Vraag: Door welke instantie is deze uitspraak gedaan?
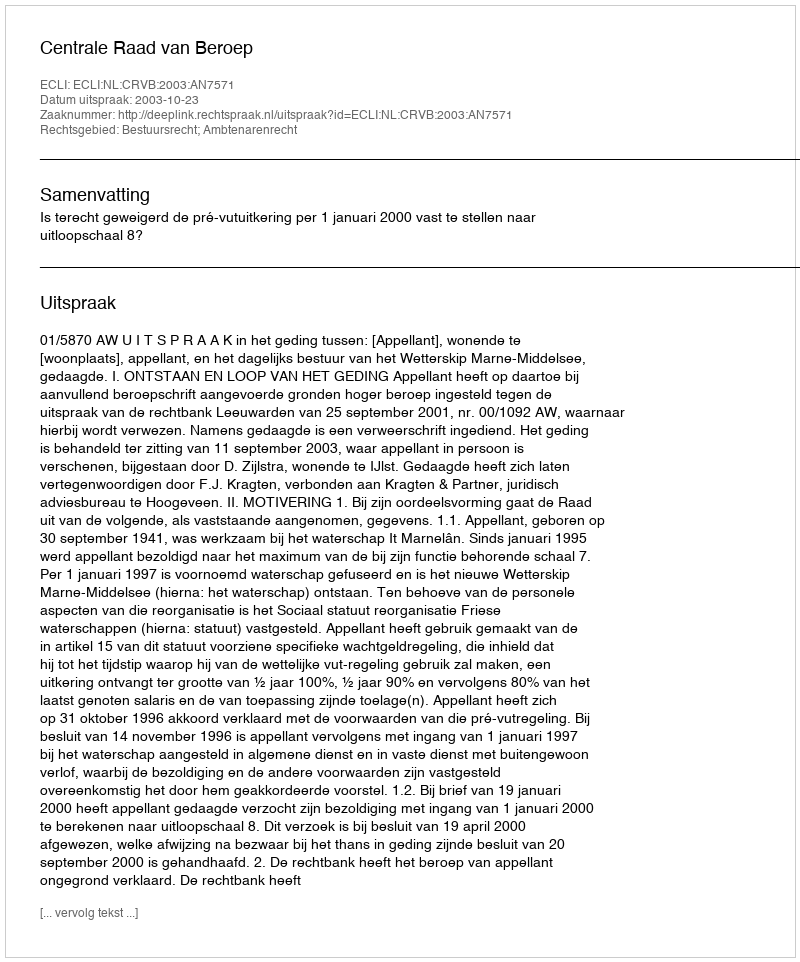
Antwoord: Centrale Raad van Beroep